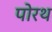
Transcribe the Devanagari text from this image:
पोरथ